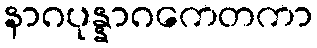
နာဂပုန္နာဂကေတကာ